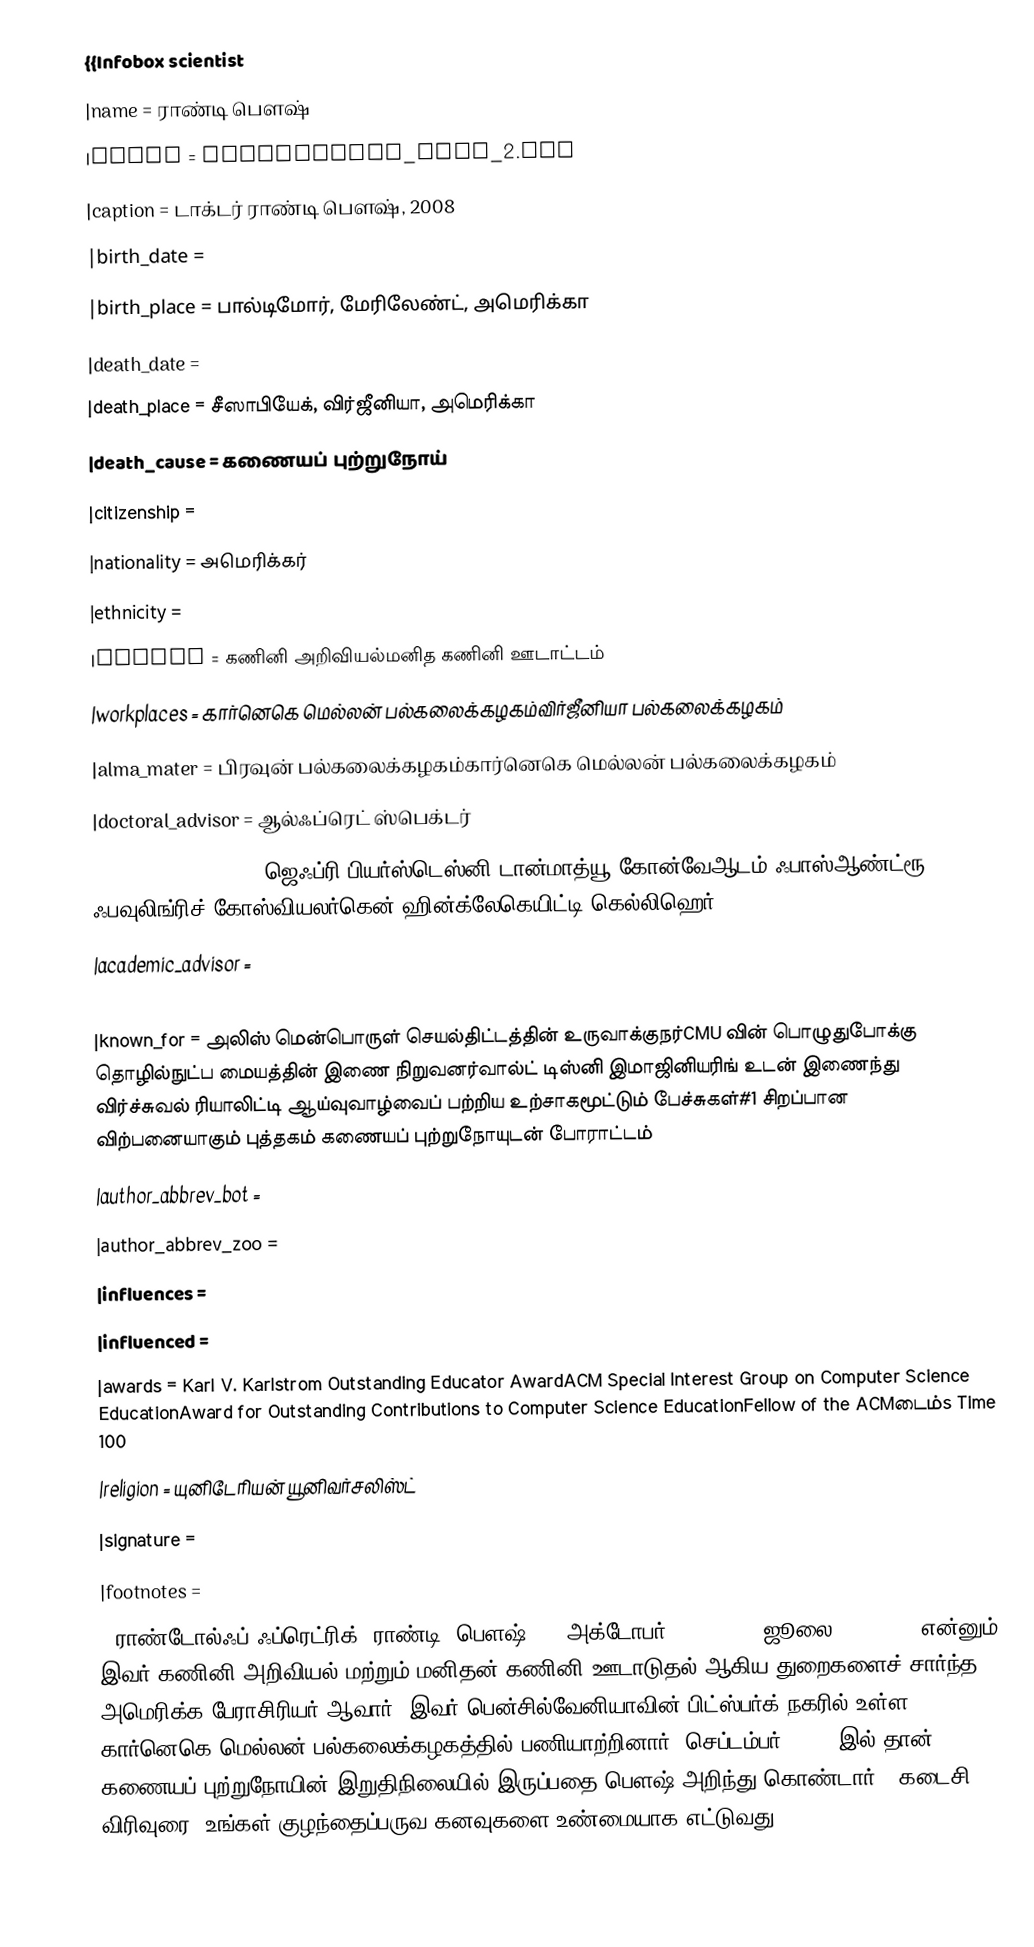
{{Infobox scientist
|name              = ராண்டி பௌஷ்
|image             = RandyPausch_Wiki_2.jpg
|caption           = டாக்டர் ராண்டி பௌஷ், 2008
|birth_date        =
|birth_place       = பால்டிமோர், மேரிலேண்ட், அமெரிக்கா
|death_date        =
|death_place       = சீஸாபியேக், விர்ஜீனியா, அமெரிக்கா
|death_cause       = கணையப் புற்றுநோய்
|citizenship       =
|nationality       = அமெரிக்கர்
|ethnicity         =
|fields            = கணினி அறிவியல்மனித கணினி ஊடாட்டம்
|workplaces        = கார்னெகெ மெல்லன் பல்கலைக்கழகம்விர்ஜீனியா பல்கலைக்கழகம்
|alma_mater        = பிரவுன் பல்கலைக்கழகம்கார்னெகெ மெல்லன் பல்கலைக்கழகம்
|doctoral_advisor  = ஆல்ஃப்ரெட் ஸ்பெக்டர்
|doctoral_students    = ஜெஃப்ரி பியர்ஸ்டெஸ்னி டான்மாத்யூ கோன்வேஆடம் ஃபாஸ்ஆண்ட்ரூ ஃபவுலிங்ரிச் கோஸ்வியலர்கென் ஹின்க்லேகெயிட்டி கெல்லிஹெர்
|academic_advisor  =
|notable_students  =
|known_for         = அலிஸ் மென்பொருள் செயல்திட்டத்தின் உருவாக்குநர்CMU வின் பொழுதுபோக்கு தொழில்நுட்ப மையத்தின் இணை நிறுவனர்வால்ட் டிஸ்னி இமாஜினியரிங் உடன் இணைந்து விர்ச்சுவல் ரியாலிட்டி ஆய்வுவாழ்வைப் பற்றிய உற்சாகமூட்டும் பேச்சுகள்#1 சிறப்பான விற்பனையாகும் புத்தகம் கணையப் புற்றுநோயுடன் போராட்டம்
|author_abbrev_bot =
|author_abbrev_zoo =
|influences        =
|influenced        =
|awards            = Karl V. Karlstrom Outstanding Educator AwardACM Special Interest Group on Computer Science EducationAward for Outstanding Contributions to Computer Science EducationFellow of the ACMடைம்s Time 100
|religion          =  யுனிடேரியன் யூனிவர்சலிஸ்ட்
|signature         =
|footnotes         =
}}ராண்டோல்ஃப் ஃப்ரெட்ரிக் "ராண்டி" பௌஷ்'''  (அக்டோபர் 23, 1960 – ஜூலை 25, 2008) என்னும் இவர் கணினி அறிவியல் மற்றும் மனிதன்-கணினி ஊடாடுதல் ஆகிய துறைகளைச் சார்ந்த அமெரிக்க பேராசிரியர் ஆவார். இவர்  பென்சில்வேனியாவின் பிட்ஸ்பர்க் நகரில் உள்ள கார்னெகெ மெல்லன் பல்கலைக்கழகத்தில் பணியாற்றினார். செப்டம்பர் 2006 -இல் தான் கணையப் புற்றுநோயின் இறுதிநிலையில் இருப்பதை பௌஷ் அறிந்து கொண்டார். "கடைசி விரிவுரை: உங்கள் குழந்தைப்பருவ கனவுகளை உண்மையாக எட்டுவது (The Last Lecture: Really A